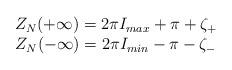
LaTeX: \begin{align*}\begin{array}{c}Z_{N}(+\infty )=2\pi I_{max}+\pi +\zeta _{+}\\Z_{N}(-\infty )=2\pi I_{min}-\pi -\zeta _{-}\end{array}\end{align*}